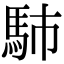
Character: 馷